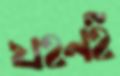
যহনই